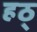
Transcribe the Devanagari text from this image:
हठ्